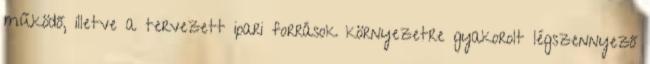
működő, illetve a tervezett ipari források környezetre gyakorolt légszennyező